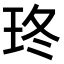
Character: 𤤮